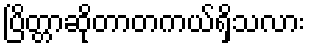
ပြိတ္တာဆိုတာတကယ်ရှိသလား